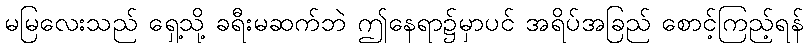
မမြလေးသည် ရှေ့သို့ ခရီးမဆက်ဘဲ ဤနေရာ၌မှာပင် အရိပ်အခြည် စောင့်ကြည့်ရန်